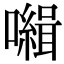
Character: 𡃃